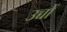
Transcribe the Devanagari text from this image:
उच्चों